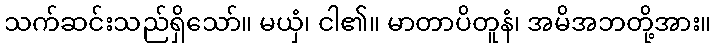
သက်ဆင်းသည်ရှိသော်။ မယှံ၊ ငါ၏။ မာတာပိတူနံ၊ အမိအဘတို့အား။